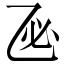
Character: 𢖮